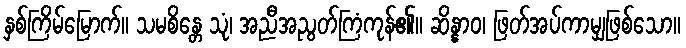
နှစ်ကြိမ်မြောက်။ သမစိန္တေ သုံ၊ အညီအညွတ်ကြံကုန်၏။ ဆိန္နာဝ၊ ဖြတ်အပ်ကာမျှဖြစ်သော။